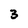
Character: 3